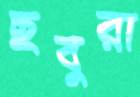
ছবুরা